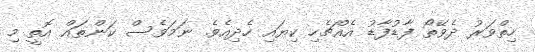
ހިތްވަރު ދެވޭތޯ ފާޑުފާޑު އެއްޗެހި ކިޔައި ހެދިއެވެ. ނަމަވެސް ކަންތައް އޮތީ މި